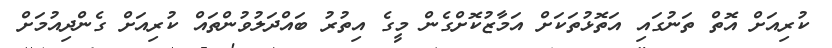
ކުރިއަށް އޮތް ތަނުގައި އަތޮޅުތަކަށް އަމާޒުކޮށްގެން މީގެ އިތުރު ބައްދަލުވުންތައް ކުރިއަށް ގެންދިއުމަށް